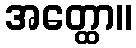
အတ္ထော။